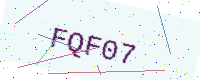
Text: FQF07